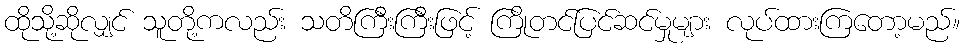
ထိုသို့ဆိုလျှင် သူတို့ကလည်း သတိကြီးကြီးဖြင့် ကြိုတင်ပြင်ဆင်မှုများ လုပ်ထားကြတော့မည်။